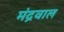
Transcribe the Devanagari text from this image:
मंद्रवाल